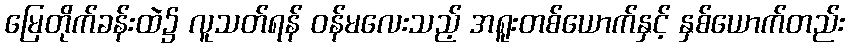
မြေတိုက်ခန်းထဲ၌ လူသတ်ရန် ဝန်မလေးသည့် အရူးတစ်ယောက်နှင့် နှစ်ယောက်တည်း